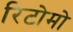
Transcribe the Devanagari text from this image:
रिटोमो